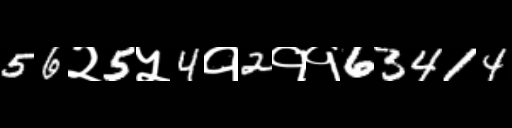
Text: 56२5५4१2११63414